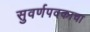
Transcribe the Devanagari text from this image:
सुवर्णपदकाचा